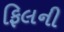
ફિલની